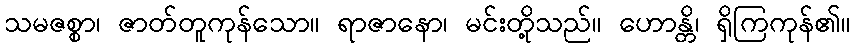
သမဇစ္စာ၊ ဇာတ်တူကုန်သော။ ရာဇာနော၊ မင်းတို့သည်။ ဟောန္တိ၊ ရှိကြကုန်၏။